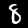
Label: 8